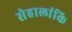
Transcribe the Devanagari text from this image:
सेहालांकि